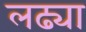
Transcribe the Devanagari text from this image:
लढ्या